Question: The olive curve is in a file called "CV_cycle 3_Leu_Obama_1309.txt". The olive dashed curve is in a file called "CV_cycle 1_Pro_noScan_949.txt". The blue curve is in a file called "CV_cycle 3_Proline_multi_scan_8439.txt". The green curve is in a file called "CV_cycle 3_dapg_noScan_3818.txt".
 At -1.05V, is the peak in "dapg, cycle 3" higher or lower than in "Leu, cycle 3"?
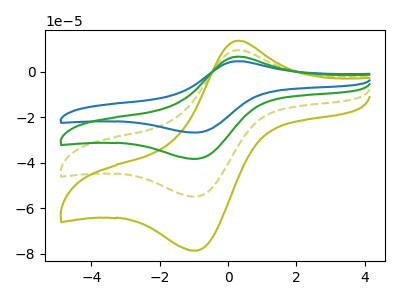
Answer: <think>The olive curve "Leu, cycle 3" has an anodic peak at (0.30V, 13.65uA) and a cathodic peak at (-1.05V, -78.50uA). The olive dashed curve "Pro, cycle 1" has an anodic peak at (0.30V, 9.55uA) and a cathodic peak at (-1.05V, -54.80uA). The blue curve "Proline, cycle 3" has an anodic peak at (0.30V, 28.60uA) and a cathodic peak at (-1.05V, -164.35uA). The green curve "dapg, cycle 3" has an anodic peak at (0.30V, 19.05uA) and a cathodic peak at (-1.05V, -109.55uA).</think>
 <answer>The peak at -1.05V is higher in "dapg, cycle 3" than in "Leu, cycle 3".</answer>
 <eval>higher</eval>